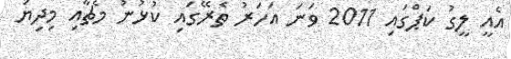
އެއީ ލީގު ކަޕްގައި 2011 ވަނަ އަހަރު ތެރޭގައި ކުޅުނު މެޗާއި މިދިޔަ